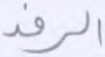
الرفد